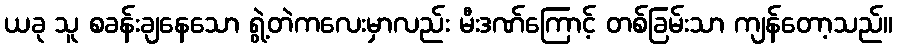
ယခု သူ စခန်းချနေသော ရွဲ့တဲကလေးမှာလည်း မီးဒဏ်ကြောင့် တစ်ခြမ်းသာ ကျန်တော့သည်။